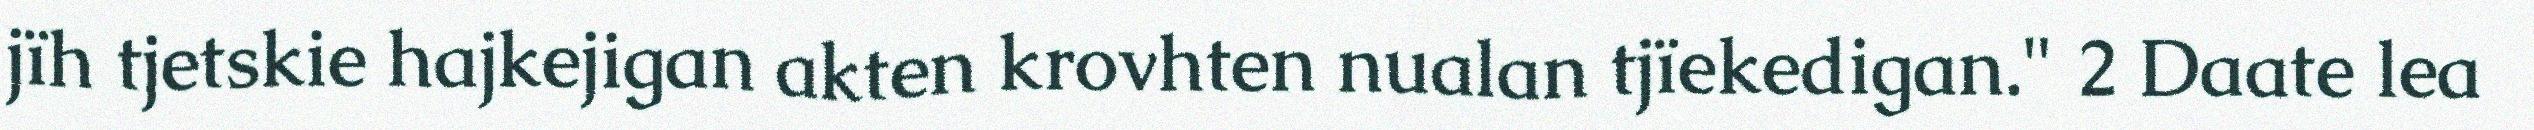
jïh tjetskie hajkejigan akten krovhten nualan tjïekedigan." 2 Daate lea